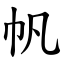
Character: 帆